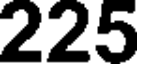
225